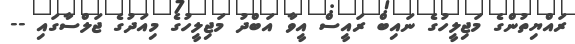
ރައްޔިތުންގެ މަޖިލީހުގެ ނައިބް ރައީސް އީވާ އަބްދު މަޖިލީހުގެ މިއަދުގެ ޖަލްސާގައި --